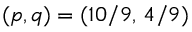
( p , q ) = ( 1 0 / 9 , \, 4 / 9 )